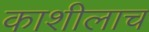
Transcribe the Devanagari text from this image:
काशीलाच